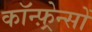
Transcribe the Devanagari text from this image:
कॉन्फ़्रेन्सों